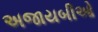
અજાયબીઓ